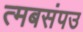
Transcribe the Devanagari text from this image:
त्मबसंपउ